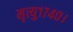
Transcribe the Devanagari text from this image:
मृत्यु१७४०।